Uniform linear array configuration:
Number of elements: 16
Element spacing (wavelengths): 0.25
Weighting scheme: cosine
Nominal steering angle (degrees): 45
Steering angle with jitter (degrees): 43.407
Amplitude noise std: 0.05
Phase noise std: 0.05

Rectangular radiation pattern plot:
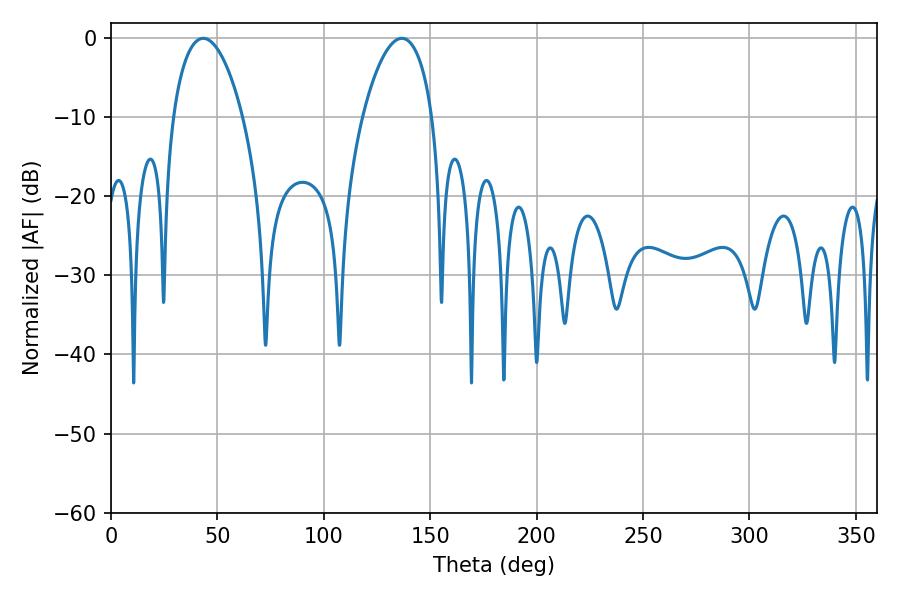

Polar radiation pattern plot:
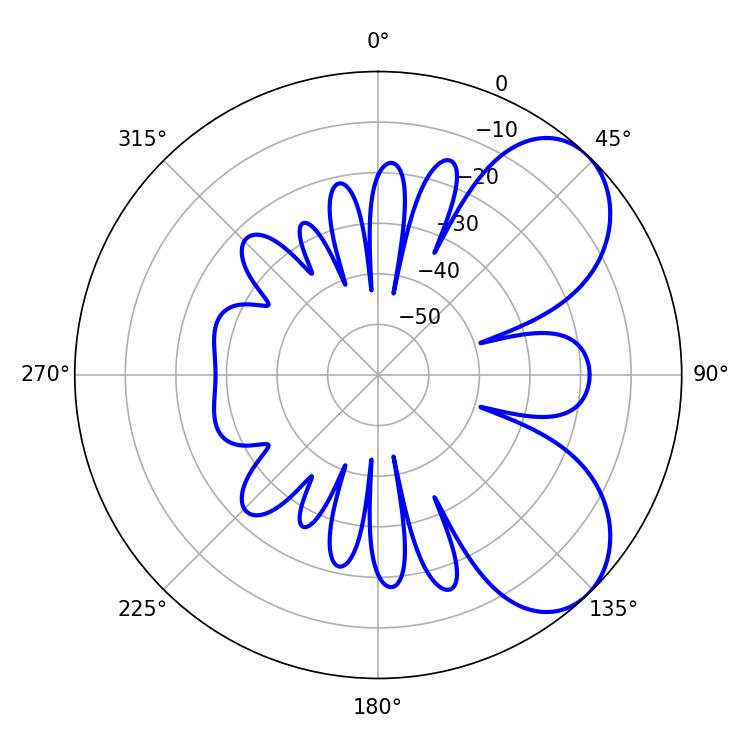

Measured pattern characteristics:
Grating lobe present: FALSE
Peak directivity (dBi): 6.239
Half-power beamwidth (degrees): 18.54
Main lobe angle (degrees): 43.38